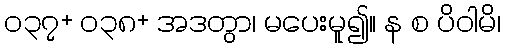
၀၃၇+ ၀၃၈+ အဒတွာ၊ မပေးမူ၍။ န စ ပိဝါမိ၊